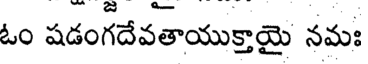
ఓం షడంగదేవతాయుక్తాయై నమః